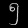
Digit: ၅